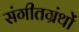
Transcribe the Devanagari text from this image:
संगीतग्रंथों